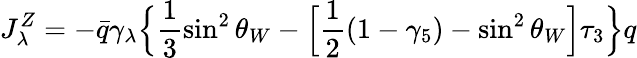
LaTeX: J_{\lambda}^{Z}=-\bar{q}\gamma_{\lambda}\Bigl\{ \frac{1}{3}\sin^{2}\theta_{W}-\Bigl[\frac{1}{2}(1-\gamma_{5})-\sin^{2}\theta_{W}\Bigr]\tau_{3}\Bigr\} q